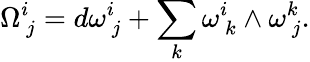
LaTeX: \Omega_{\ j}^{i}=d\omega_{\ j}^{i}+\sum_{k}\omega_{\ k}^{i}\wedge\omega_{\ j}^{k}.